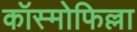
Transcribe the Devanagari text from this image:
कॉस्मोफिल्ला